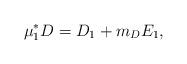
LaTeX: \begin{align*}\mu_1^* D = D_1 + m_D E_1, \end{align*}